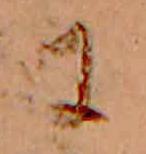
に